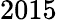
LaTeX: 2015